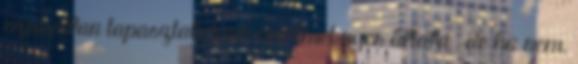
szokatlan tapasztalatunk értelmet nyer általa , de ha nem,